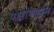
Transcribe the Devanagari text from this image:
पक्षांपासून